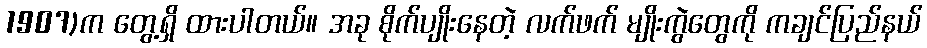
1907)က တွေ့ရှိ ထားပါတယ်။ အခု စိုက်ပျိုးနေတဲ့ လက်ဖက် မျိုးကွဲတွေကို ကချင်ပြည်နယ်